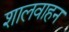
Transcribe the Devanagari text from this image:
शालवाहन